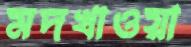
মদখাওয়া